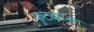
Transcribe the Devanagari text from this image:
फुटबाॅलच